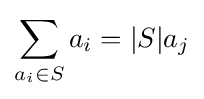
\sum \limits _{a_{i}\in S}a_{i}=|S|a_{j}